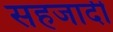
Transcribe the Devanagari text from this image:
सहजादी